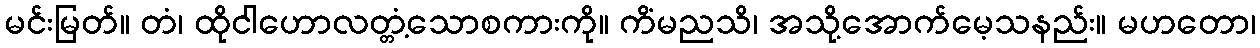
မင်းမြတ်။ တံ၊ ထိုငါဟောလတ္တံ့သောစကားကို။ ကိံမညသိ၊ အသို့အောက်မေ့သနည်း။ မဟတော၊